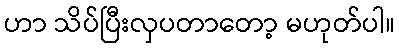
ဟာ သိပ်ပြီးလှပတာတော့ မဟုတ်ပါ။